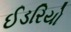
ઈડરિયો